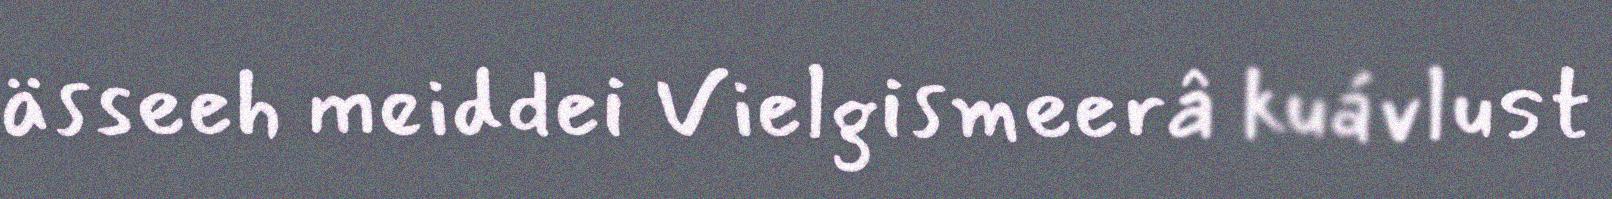
ässeeh meiddei Vielgismeerâ kuávlust